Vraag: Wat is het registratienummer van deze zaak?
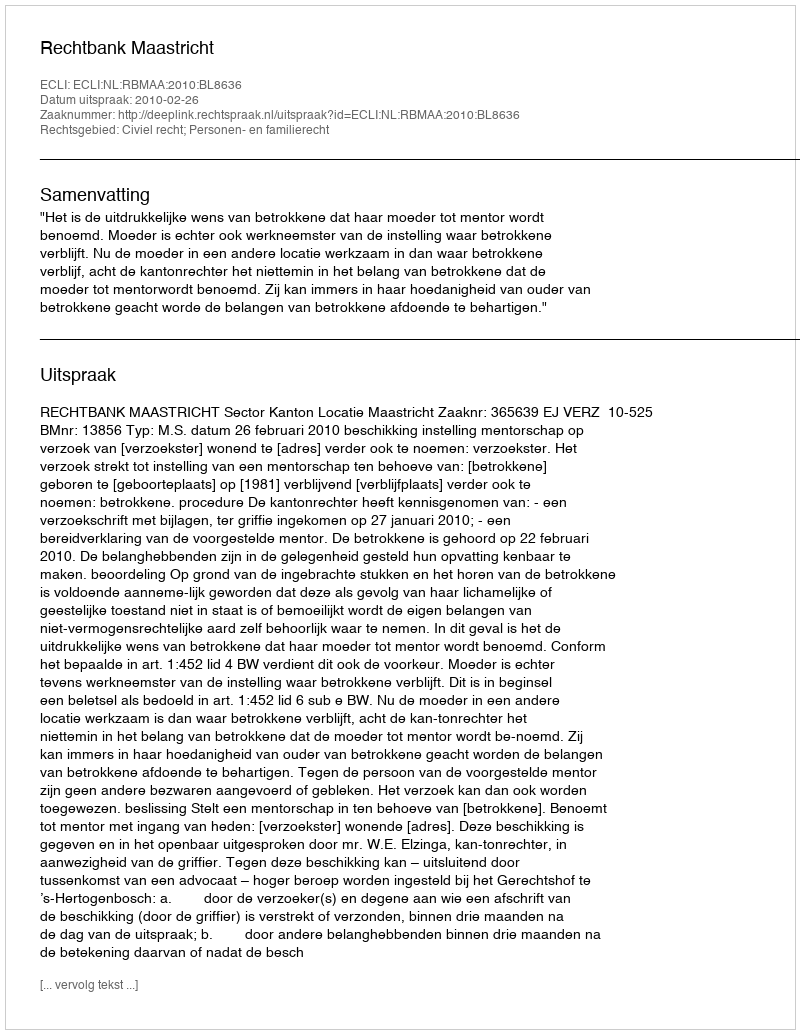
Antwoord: http://deeplink.rechtspraak.nl/uitspraak?id=ECLI:NL:RBMAA:2010:BL8636